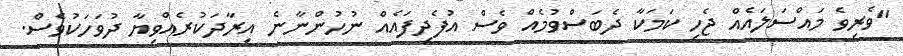
"ވެރިވެ މައްސަލައެއް ޖެހި ކަމަކާ ދެބަސްވުމެއް ވެސް އުފެދިފައެއް ނުހުންނާނެ އިރާދަކުރެއްވިޔާ ދުވަހަކުވެސް.